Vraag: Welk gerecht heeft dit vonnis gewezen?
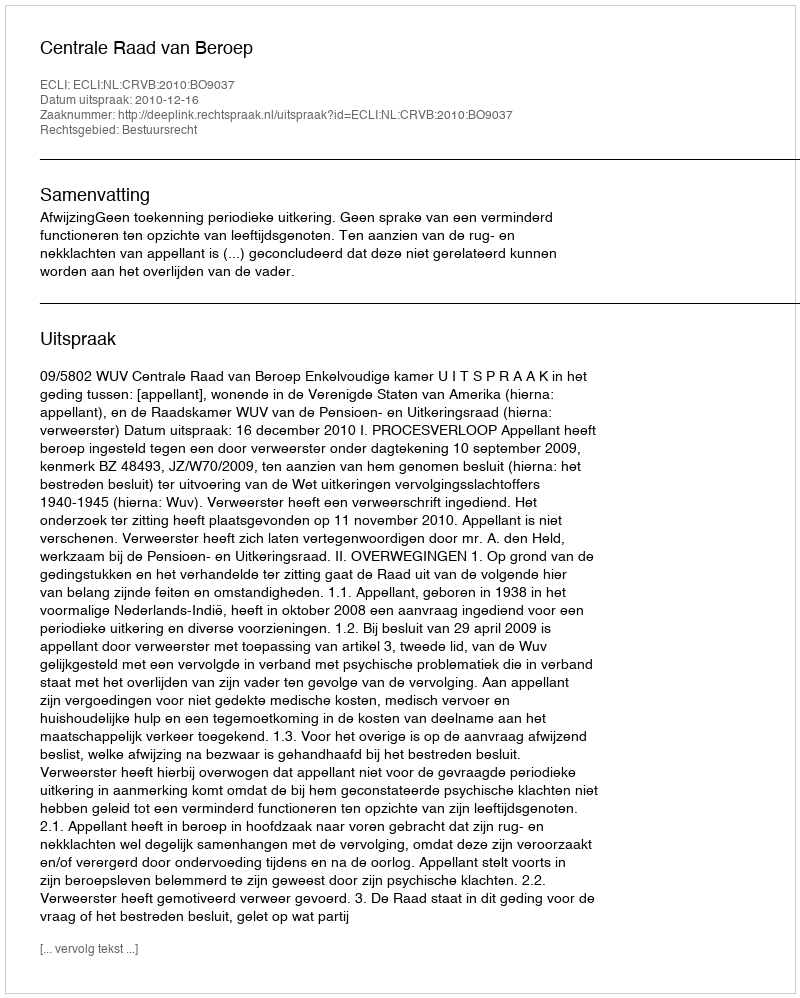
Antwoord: Centrale Raad van Beroep